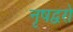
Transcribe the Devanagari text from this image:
नृषद्वरो